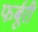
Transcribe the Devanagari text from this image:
फर्बूरी